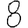
Digit: 8